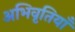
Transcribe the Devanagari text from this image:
अभिवृतियाँ